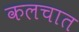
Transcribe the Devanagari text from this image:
कलचात